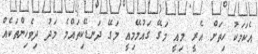
އެކަމަކު ހިތަށް އެރީ މިއީ މަގޭ ގައުމޭމިއީ މަގޭ ދަނޑޭކިތައްމެ މަދު ދިވެހިންތަކެއް